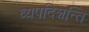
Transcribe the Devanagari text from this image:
व्यपदिशन्ति